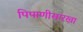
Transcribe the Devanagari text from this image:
पिपाणीसारखा